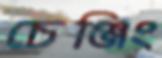
চেঞ্জিং